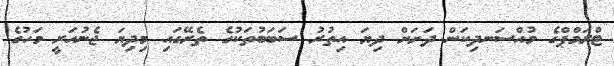
ޓްރަމްޕްގެ މުއްސަނދިކަން ދަށަށް ދިޔަ އިތުރު ސަބަބުތަކުގެ ތެރޭގައި މިދިޔަ ޖެނުއަރީ މަހުގެ